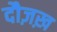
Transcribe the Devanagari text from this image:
दौज़ख़